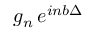
g _ { n } \, e ^ { i n b \Delta }